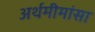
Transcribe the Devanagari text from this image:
अर्थमीमांसा